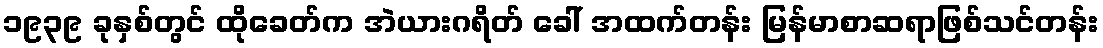
၁၉၃၉ ခုနှစ်တွင် ထိုခေတ်က အဲယားဂရိတ် ခေါ် အထက်တန်း မြန်မာစာဆရာဖြစ်သင်တန်း